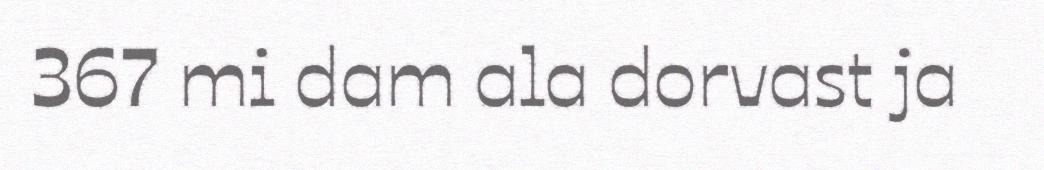
367 mi dam ala dorvast ja